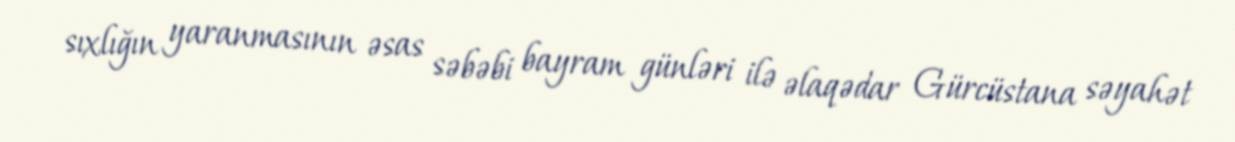
sıxlığın yaranmasının əsas səbəbi bayram günləri ilə əlaqədar Gürcüstana səyahət